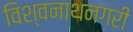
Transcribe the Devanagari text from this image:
विश्वनाथनगरी